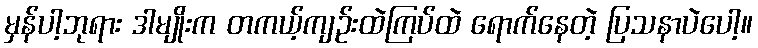
မှန်ပါ့ဘုရား ဒါမျိုးက တကယ့်ကျဉ်းထဲကြပ်ထဲ ရောက်နေတဲ့ ပြသနာပဲပေါ့။